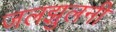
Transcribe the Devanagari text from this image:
जलझुलनी